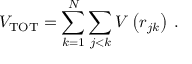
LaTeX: V _ { \mathrm { T O T } } = \sum _ { k = 1 } ^ { N } \sum _ { j < k } V \left( r _ { j k } \right) \, .